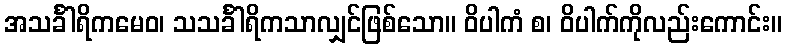
အသင်္ခါရိကမေဝ၊ သသင်္ခါရိကသာလျှင်ဖြစ်သော။ ဝိပါကံ စ၊ ဝိပါက်ကိုလည်းကောင်း။